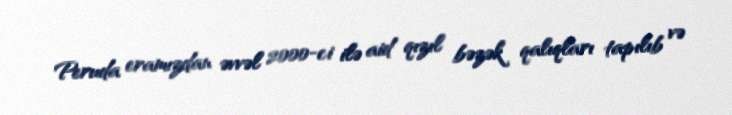
Peruda eramızdan əvvəl 2000-ci ilə aid qızıl bəzək qalıqları tapılıb və